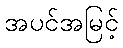
အပင်အမြင့်